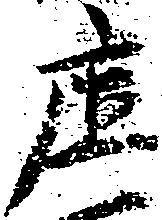
庄